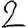
Digit: 2